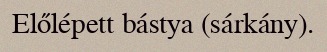
Előlépett bástya (sárkány).